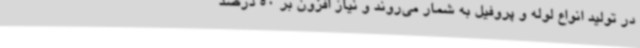
در تولید انواع لوله و پروفیل به شمار می‌روند و نیاز افزون بر 50 درصد